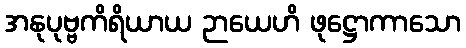
အနုပုဗ္ဗကိရိယာယ ဉာယေဟိ ဖုဋ္ဌောကာသော